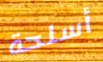
أسلحة